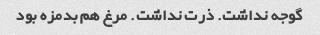
گوجه نداشت. ذرت نداشت. مرغ هم بدمزه بود